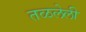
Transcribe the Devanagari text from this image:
तळलेली